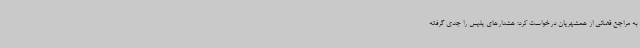
به مراجع قضائی از همشهریان درخواست کرد: هشدارهای پلیس را جدی گرفته